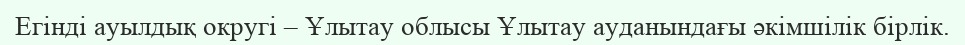
Егінді ауылдық округі – Ұлытау облысы Ұлытау ауданындағы әкімшілік бірлік.